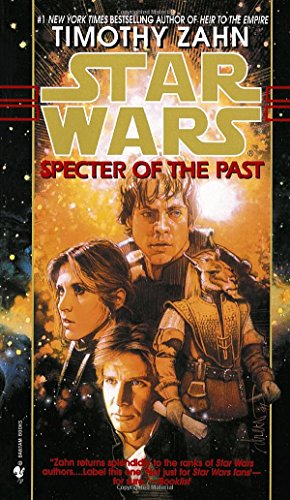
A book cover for Specter of the Past (Star Wars: The Hand of Thrawn #1); Timothy Zahn; Science Fiction & Fantasy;